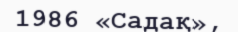
1986 «Садақ»,